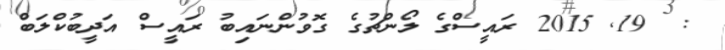
:  19